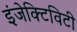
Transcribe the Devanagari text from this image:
इंजेक्टिविटी